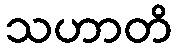
သဟာတိ